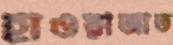
হাওয়াজাত